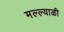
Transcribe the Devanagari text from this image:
मल्ल्याळी